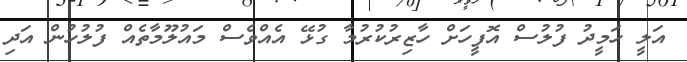
އަލީ ހަމީދު ފުލުސް އޮފީހަށް ހާޒިރުކުރުމާ ގުޅޭ އެއްވެސް މައުލޫމާތެއް ފުލުހުން އަދި